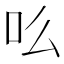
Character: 䶸